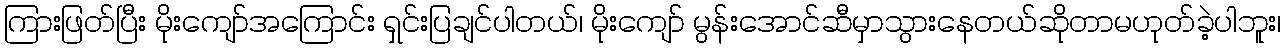
ကြားဖြတ်ပြီး မိုးကျော်အကြောင်း ရှင်းပြချင်ပါတယ်၊ မိုးကျော် မွန်းအောင်ဆီမှာသွားနေတယ်ဆိုတာမဟုတ်ခဲ့ပါဘူး၊